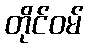
တိုင်ဝမ်